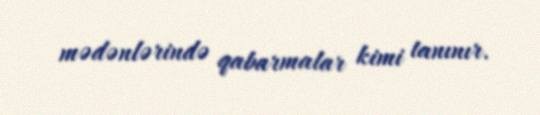
mədənlərində qabarmalar kimi tanınır.